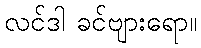
လင်ဒါ ခင်ဗျားရော။